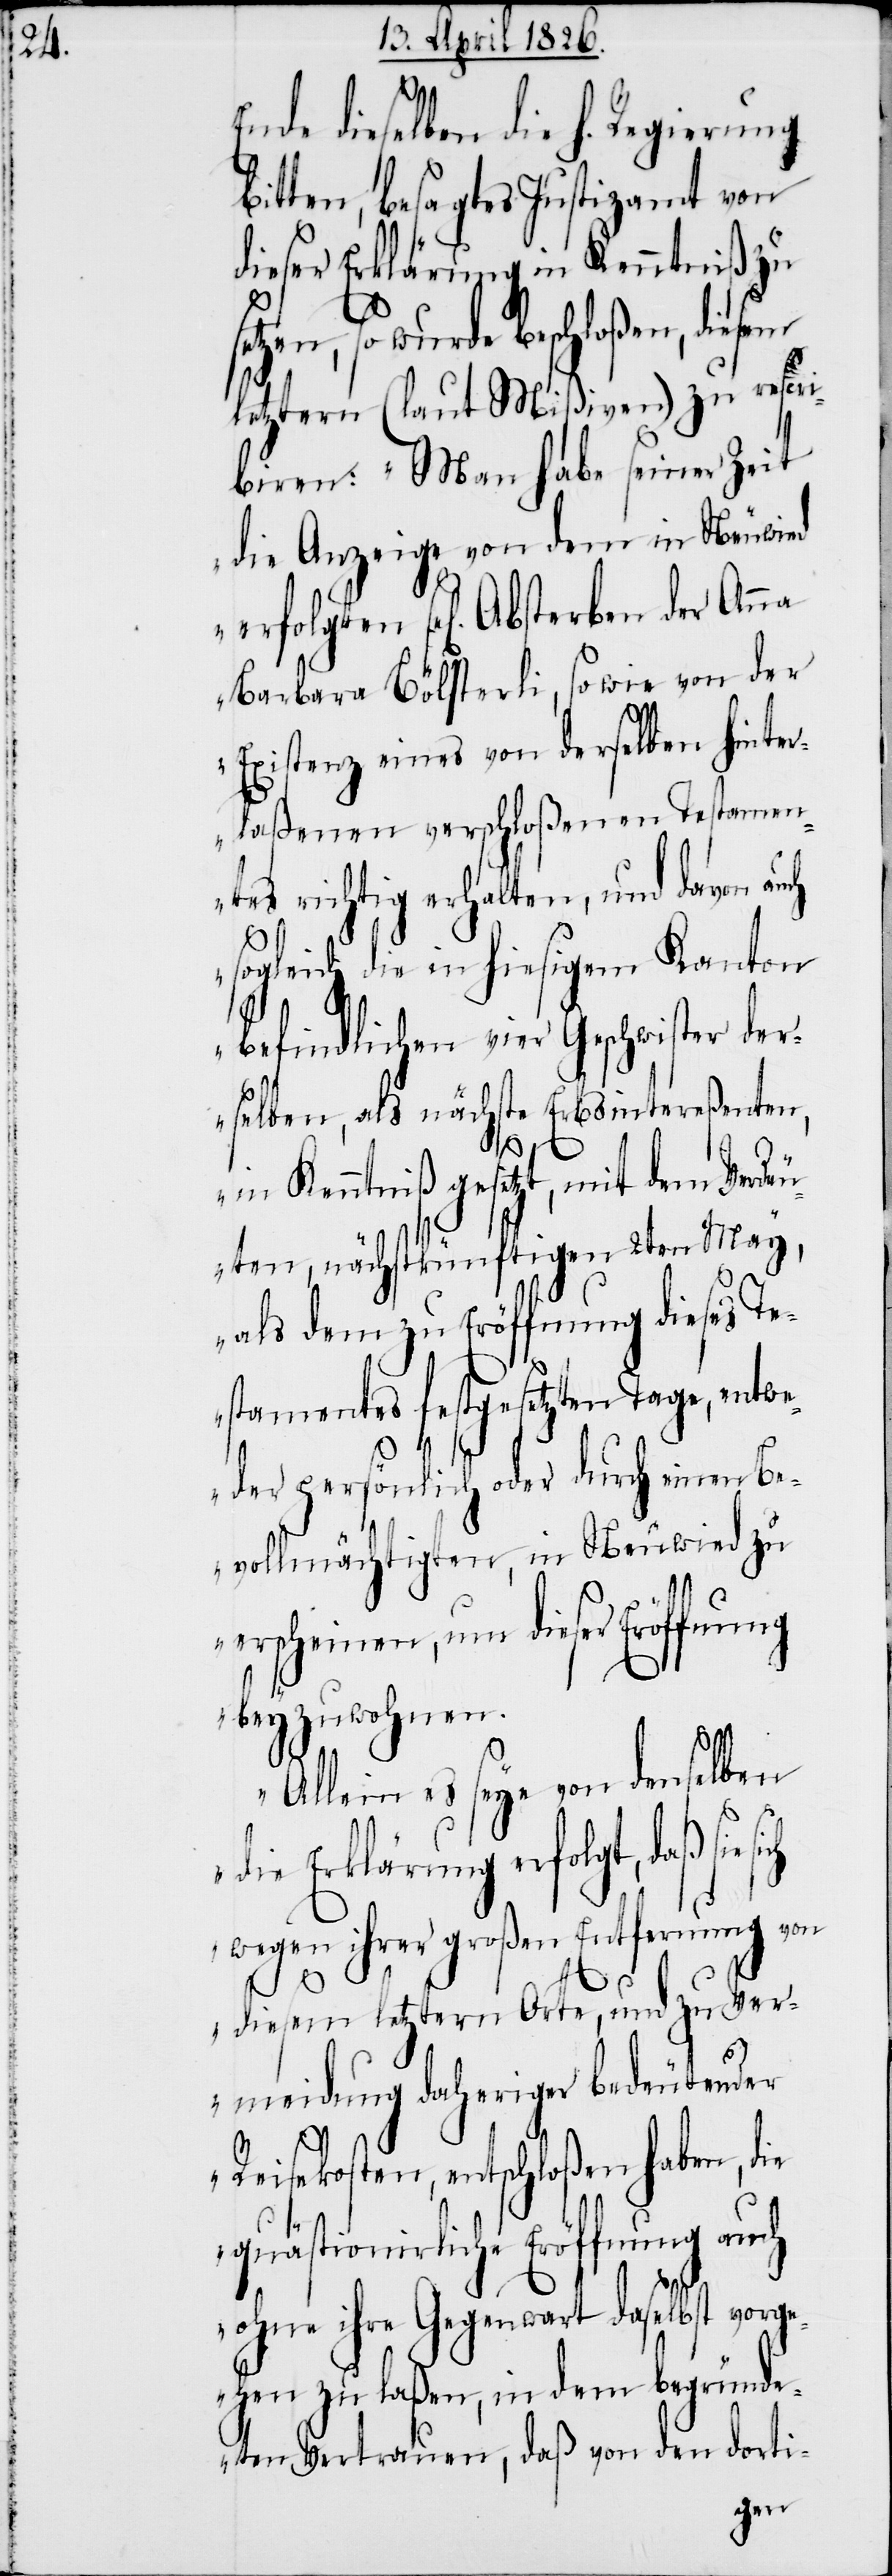
Ende dieselben die h. Regierung
bitten, besagtes Justizamt von
dieser Erklärung in Kenntniß zu
setzen, so wurde beschloßen, diesem
letztern (laut Mißiven) zu rescri¬
biren: „Man habe seiner Zeit
die Anzeige von dem in Neuwied
sel[igen] Absterben der Anna
Barbara Bölsterli, so wie von der
Existenz eines von derselben hinter¬
laßenen verschloßenen Testamen¬
tes richtig erhalten, und davon auch
sogleich die in hiesigem Kanton
befindlichen vier Geschwister der¬
selben, als nächste Erbsintereßenten,
in Kenntniß gesetzt, mit dem Verdeu¬
ten, nächstkünftigen 2ten May,
als dem zu Eröffnung dieses Te¬
stamentes festgesetzten Tage, entwe¬
der persönlich oder durch einen Be¬
vollmächtigten, in Neuwied zu
erscheinen, um dieser Eröffn¬
beyzuwohnen.
Allein es seye von denselben
die Erklärung erfolgt, daß sie
wegen ihrer großen Entfernung von
diesem letztern Orte, und zu Ver¬
meidung daheriger bedeutender
ung
Reisekosten, entschloßen haben, die
quästionirliche Eröffnung auch
ohne ihre Gegenwart daselbst vorg¬
ehen zu laßen, in dem begründe¬
ten Vertrauen, daß von den dorti-